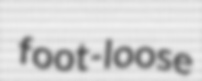
foot-loose